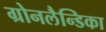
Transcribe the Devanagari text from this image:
ग्रोनलैन्डिका